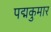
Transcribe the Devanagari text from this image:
पद्मकुमार